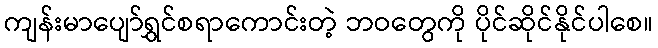
ကျန်းမာပျော်ရွှင်စရာကောင်းတဲ့ ဘဝတွေကို ပိုင်ဆိုင်နိုင်ပါစေ။